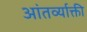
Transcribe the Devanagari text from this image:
आंतर्व्याक्ती